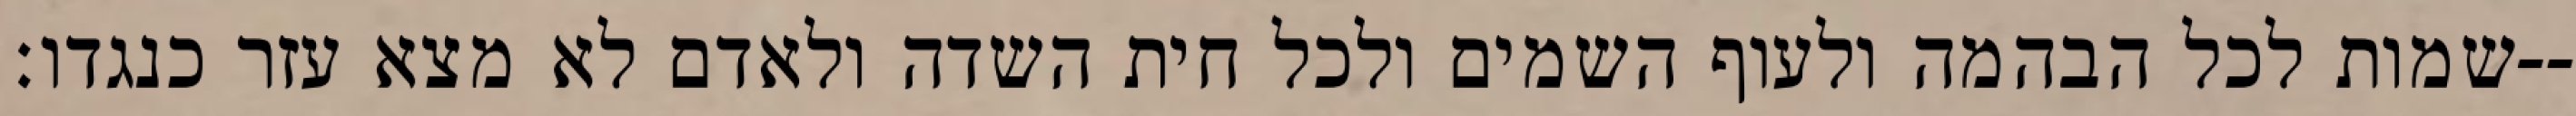
שמות לכל הבהמה ולעוף השמים ולכל חית השדה ולאדם לא מצא עזר כנגדו׃--